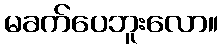
မခက်ပေဘူးလော။